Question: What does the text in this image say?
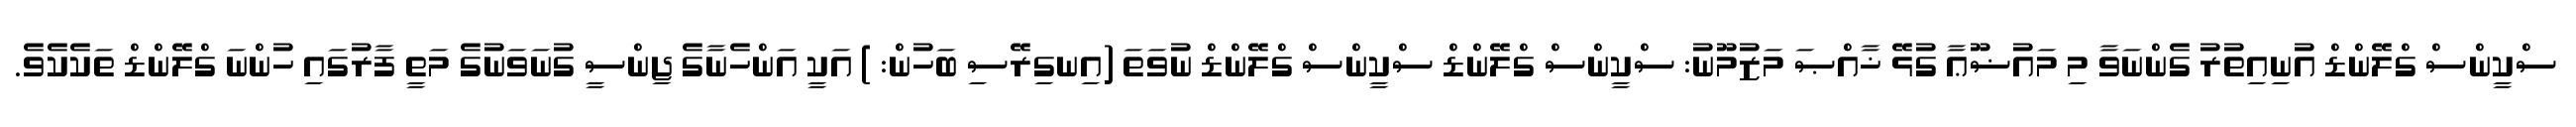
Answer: ސްކީންސް ގްލޭންޑް އުނިއިތުރު ގެންނަވާ މި މައުޟޫޢާ ގުޅޭ ޚާއްޞަ މަޒުމޫނު: ސްކީންސް ގްލޭންޑް ސްކީންސް ގްލޭންޑް ނުވަތަ (އިނގިރޭސި ބަހުން: ) އަކީ އަންހެނާގެ ޖިންސީ ގުނަވަނުގެ މަތީ ފާރުގައި ހުންނަ ގްލޭންޑް ތަކެކެވެ.